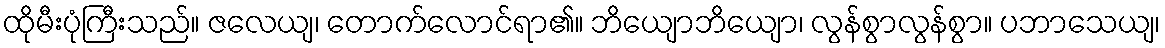
ထိုမီးပုံကြီးသည်။ ဇလေယျ၊ တောက်လောင်ရာ၏။ ဘိယျောဘိယျော၊ လွန်စွာလွန်စွာ။ ပဘာသေယျ၊